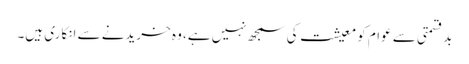
بدقسمتی سے عوام کو معیشت کی سمجھ نہیں ہے، وہ خریدنے سے انکاری ہیں۔